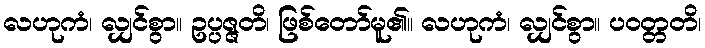
လဟုကံ၊ လျှင်စွာ။ ဥပ္ပဇ္ဇတိ၊ ဖြစ်တော်မူ၏။ လဟုကံ၊ လျှင်စွာ။ ပဝတ္တတိ၊